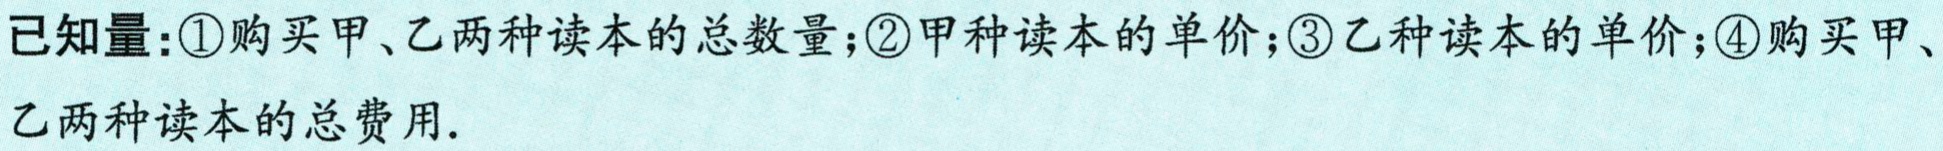
已知量：\textcircled{1}购买甲、乙两种读本的总数量；\textcircled{2}甲种读本的单价；\textcircled{3}乙种读本的单价；\textcircled{4}购买甲、乙两种读本的总费用.